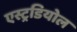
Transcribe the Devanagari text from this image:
एस्ट्रडियोल